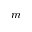
m